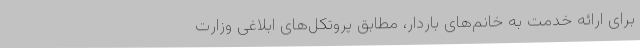
برای ارائه خدمت به خانم‌های باردار، مطابق پروتکل‌های ابلاغی وزارت